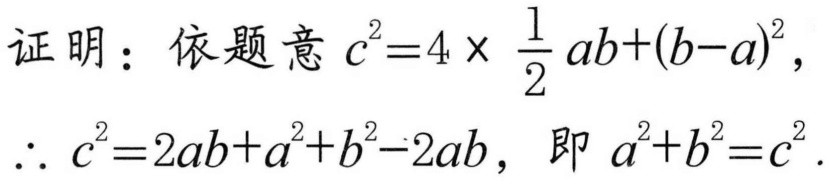
证明：依题意 \(c^{2}=4\times \frac{1}{2}ab+(b - a)^{2}\)，
\(\therefore c^{2}=2ab+a^{2}+b^{2}-2ab\)， 即 \(a^{2}+b^{2}=c^{2}\).